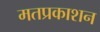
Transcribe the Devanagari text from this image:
मतप्रकाशन